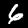
Label: 6